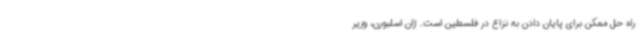
راه حل ممکن برای پایان دادن به نزاع در فلسطین است. ژان اسلبورن، وزیر